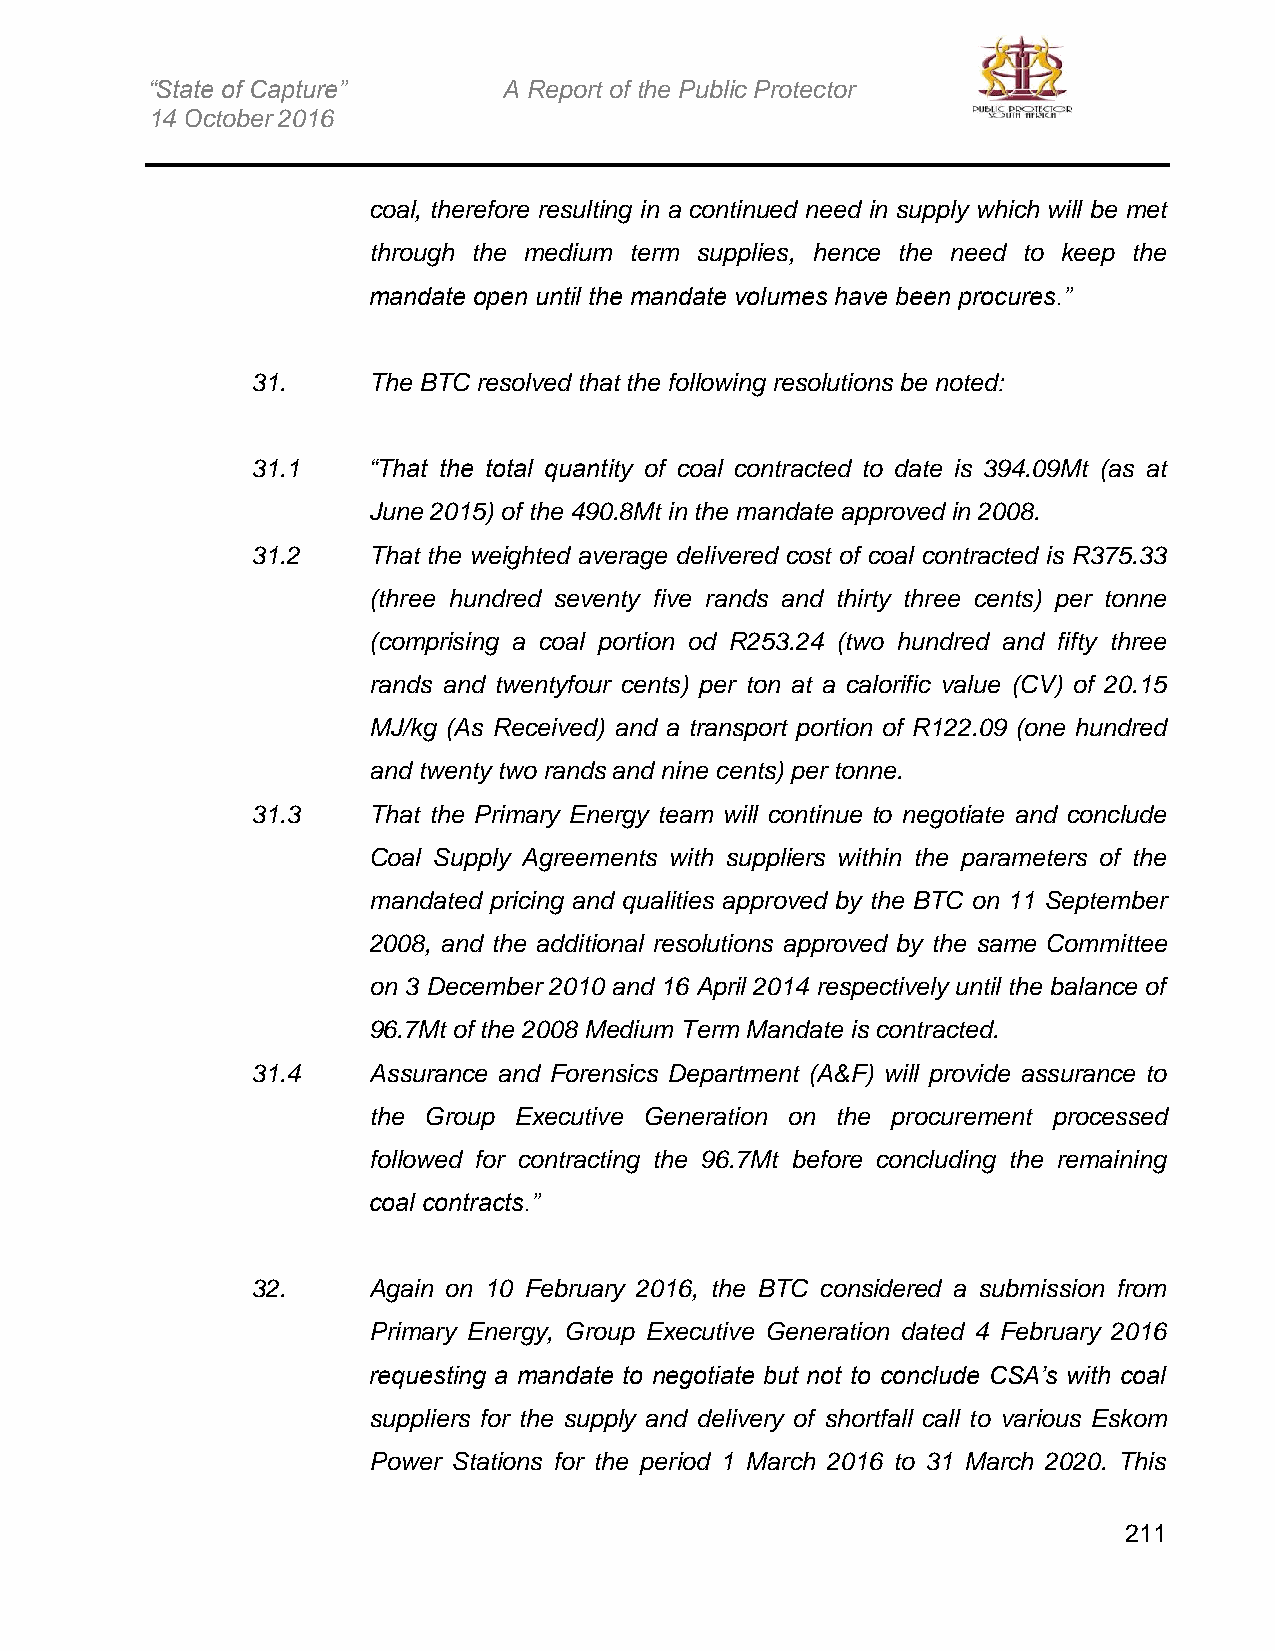
“State of Capture”     A Report of the Public Protector
 14 October 2016
 coal, therefore resulting in a continued need in supply which will be met
 through the medium term supplies, hence the need to keep the
 mandate open until the mandate volumes have been procures.”
 31.    The BTC resolved that the following resolutions be noted:
 31.1   “That the total quantity of coal contracted to date is 394.09Mt (as at
 June 2015) of the 490.8Mt in the mandate approved in 2008.
 31.2   That the weighted average delivered cost of coal contracted is R375.33
 (three hundred seventy five rands and thirty three cents) per tonne
 (comprising a coal portion od R253.24 (two hundred and fifty three
 rands and twentyfour cents) per ton at a calorific value (CV) of 20.15
 MJ/kg (As Received) and a transport portion of R122.09 (one hundred
 and twenty two rands and nine cents) per tonne.
 31.3   That the Primary Energy team will continue to negotiate and conclude
 Coal Supply Agreements with suppliers within the parameters of the
 mandated pricing and qualities approved by the BTC on 11 September
 2008, and the additional resolutions approved by the same Committee
 on 3 December 2010 and 16 April 2014 respectively until the balance of
 96.7Mt of the 2008 Medium Term Mandate is contracted.
 31.4   Assurance and Forensics Department (A&F) will provide assurance to
 the Group Executive Generation on the procurement processed
 followed for contracting the 96.7Mt before concluding the remaining
 coal contracts.”
 32.    Again on 10 February 2016, the BTC considered a submission from
 Primary Energy, Group Executive Generation dated 4 February 2016
 requesting a mandate to negotiate but not to conclude CSA’s with coal
 suppliers for the supply and delivery of shortfall call to various Eskom
 Power Stations for the period 1 March 2016 to 31 March 2020. This
 211